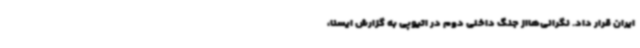
ایران قرار داد. نگرانی‌هااز جنگ داخلی دوم در اتیوپی به گزارش ایسنا،